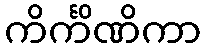
ကိင်္ကိဏိကာ